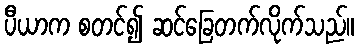
ပီယာက စတင်၍ ဆင်ခြေတက်လိုက်သည်။